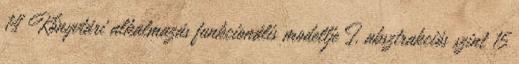
14 Könyvtári alkalmazás funkcionális modellje I. absztrakciós szint 15